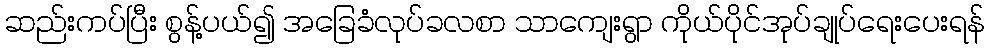
ဆည်းကပ်ပြီး စွန့်ပယ်၍ အခြေခံလုပ်ခလစာ သာကျေးရွာ ကိုယ်ပိုင်အုပ်ချုပ်ရေးပေးရန်